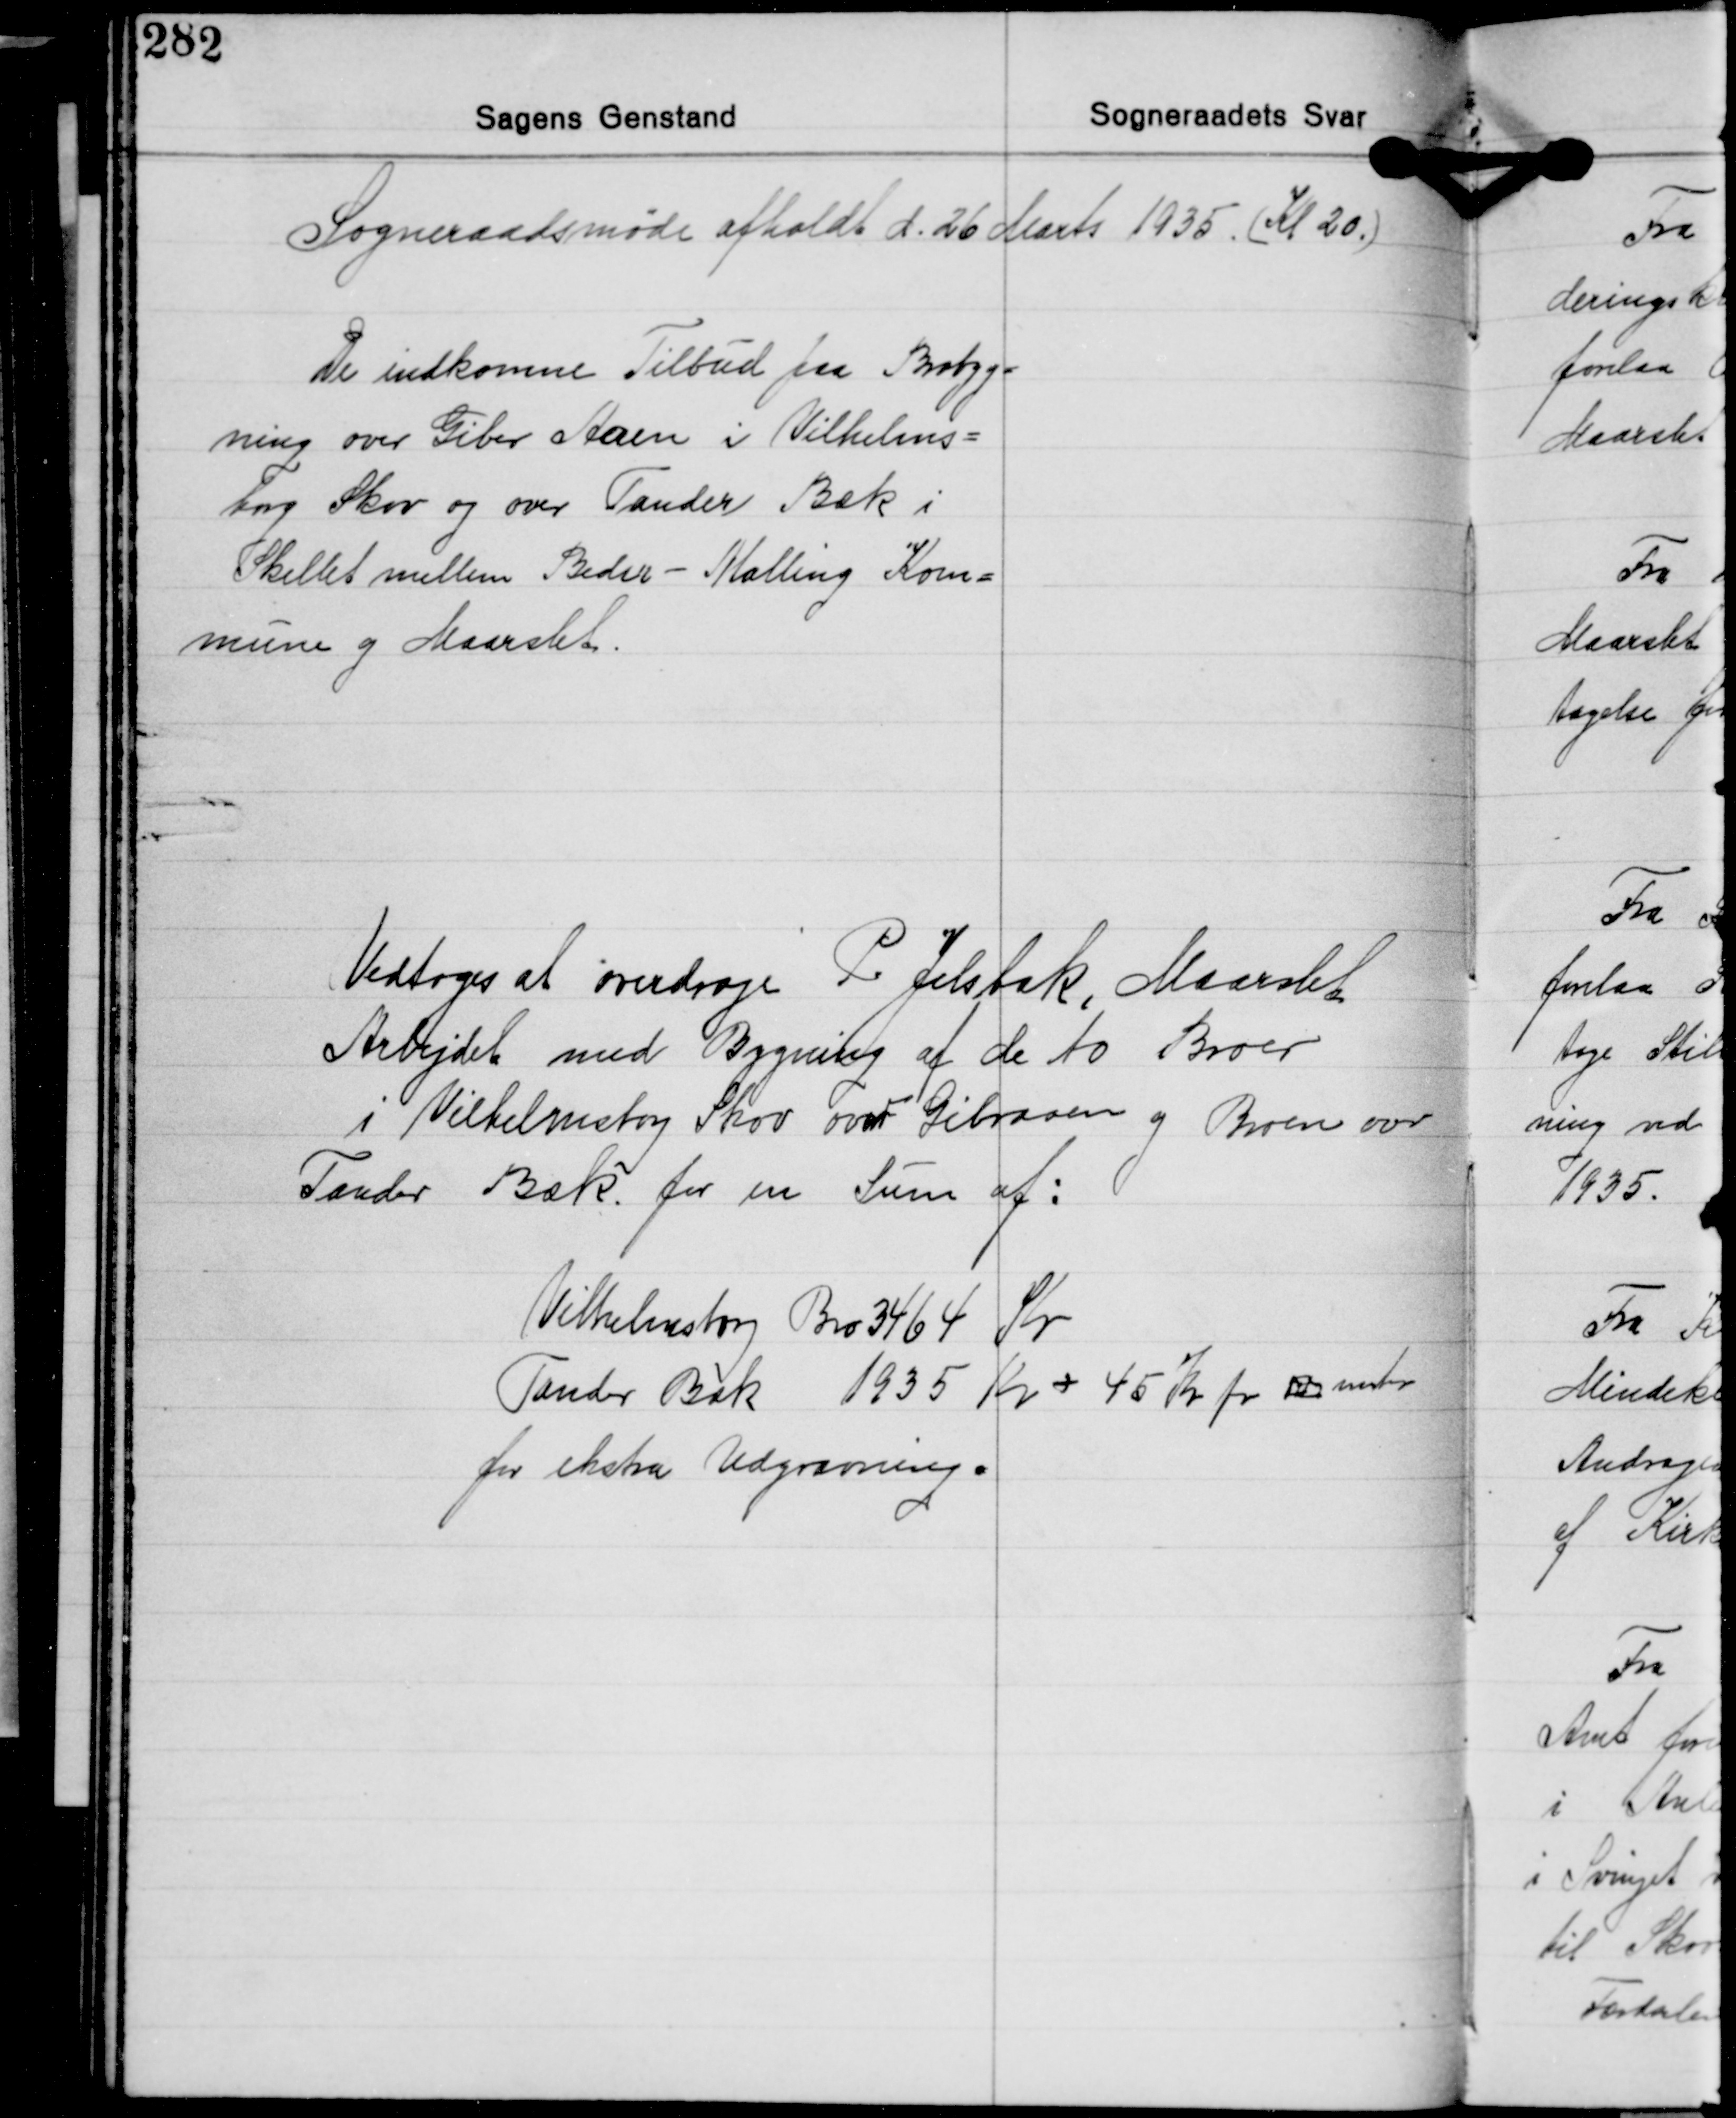
Transskription:
Sogneraadsmøde afholdt d. 26 Marts 1935 (Kl 20)

De indkomne Tilbud paa Brobyg-
ning over Giber Aaen i Vilhelms-
borg Skov og over Tander Bæk i
Skellet mellem Beder - Malling Kom-
mune og Maarslet.

Vedtoges at overdrage P. Jelsbak, Maarslet
Arbejdet med Bygning af de to Broer
i Vilhelmsborg Skov over Giberaaen og Broen over
Tander Bæk for en Sum af:

Vilhelmsborg Bro 3464 Kr.
Tander Bæk 1935 Kr. + 45 Kr for  muter
for ekstra Udgravning.